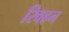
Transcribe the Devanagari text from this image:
रिवहन